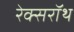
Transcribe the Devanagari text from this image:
रेक्सरॉथ